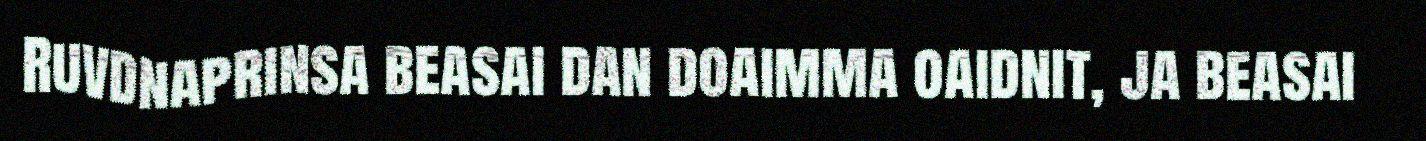
Ruvdnaprinsa beasai dan doaimma oaidnit, ja beasai